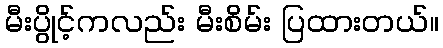
မီးပွိုင့်ကလည်း မီးစိမ်း ပြထားတယ်။